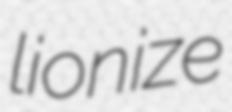
lionize